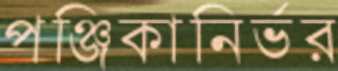
পঞ্জিকানির্ভর